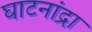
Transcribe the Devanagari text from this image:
घाटनांद्रा